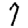
Digit: 7